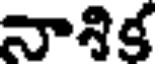
నానిక